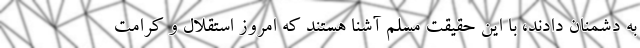
به دشمنان دادند، با این حقیقت مسلم آشنا هستند که امروز استقلال و کرامت